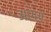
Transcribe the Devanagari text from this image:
अरश